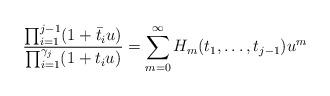
LaTeX: \begin{align*}\frac{\prod_{i=1}^{j-1}( 1+\bar t_i u)}{\prod_{i=1}^{\gamma_j}(1 + t_i u)} = \sum_{m=0}^{\infty} H_m(t_1,\dots, t_{j-1}) u^m\end{align*}